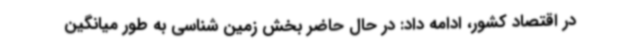
در اقتصاد کشور، ادامه داد: در حال حاضر بخش زمین شناسی به طور میانگین